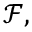
{ \mathcal F } ,